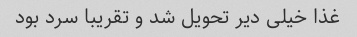
غذا خیلی دیر تحویل شد و تقریبا سرد بود